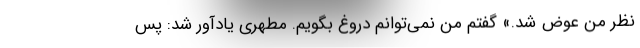
نظر من عوض شد.» گفتم من نمی‌توانم دروغ بگویم. مطهری یادآور شد: پس